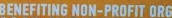
BENEFITING NON-PROFIT ORG